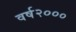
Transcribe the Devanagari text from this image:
वर्ष२०००